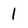
Character: 1